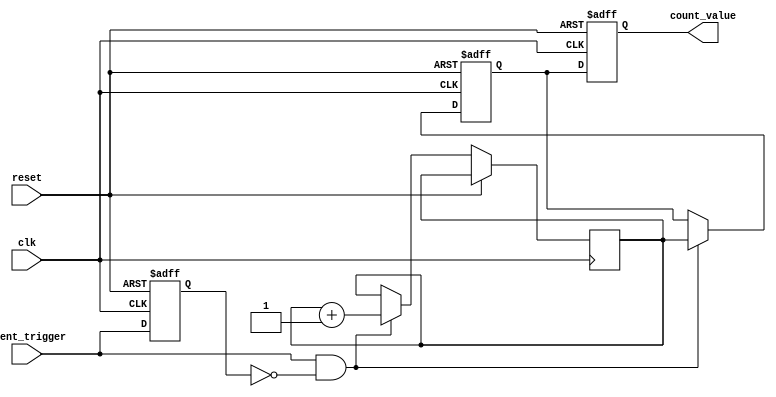
module event_triggered_counter (
    input wire clk,                     // System clock
    input wire reset,                   // Reset signal
    input wire event_trigger,           // Event trigger signal
    output reg [7:0] count_value        // Current count value (8-bit)
);

// Memory block to store the counter value
reg [7:0] memory_block [0:0]; // A single memory block for the counter value

// Temporary register to hold the count value during update
reg [7:0] count_reg;

// Initial conditions
initial begin
    count_value = 8'd0;              // Initialize count value to zero
    memory_block[0] = 8'd0;           // Initialize memory block to zero
end

// Edge detection for event_trigger (rising edge)
reg event_trigger_prev;
always @(posedge clk or posedge reset) begin
    if (reset) begin
        // Reset logic
        count_value <= 8'd0;
        memory_block[0] <= 8'd0;
        event_trigger_prev <= 1'b0;
    end else begin
        // Detect the rising edge of event_trigger
        if (event_trigger && !event_trigger_prev) begin
            // Read current count from memory block
            count_reg <= memory_block[0];

            // Increment count
            count_reg <= count_reg + 1;

            // Write updated count back to memory block
            memory_block[0] <= count_reg;
        end

        // Store the previous state of the event_trigger for edge detection
        event_trigger_prev <= event_trigger;

        // Update count_value for output
        count_value <= memory_block[0];
    end
end

endmodule